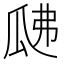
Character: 𤫰